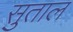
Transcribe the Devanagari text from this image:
सुताल